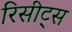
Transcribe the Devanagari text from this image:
रिसीट्स